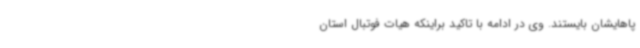
پاهایشان بایستند. وی در ادامه با تاکید براینکه هیات فوتبال استان